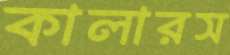
কালারস